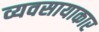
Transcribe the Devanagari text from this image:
व्यवसायाकार